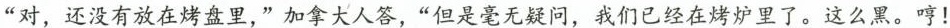
“对，还没有放在烤盘里，”加拿大人答，”但是毫无疑问，我们已经在烤炉里了，这么黑，哼！